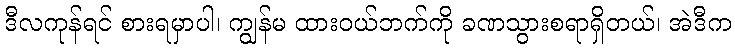
ဒီလကုန်ရင် စားရမှာပါ၊ ကျွန်မ ထားဝယ်ဘက်ကို ခဏသွားစရာရှိတယ်၊ အဲဒီက